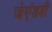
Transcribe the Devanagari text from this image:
जेएंडबी